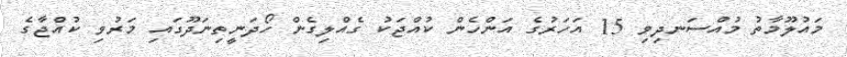
މައުލޫމާތު މުއްސަނދިވި 15 އަހަރުގެ އަންހެން ކުއްޖަކު ގެއްލިގެން ހޯދަނީތިނަދޫގައި މަރުވި ކުއްޖާގެ